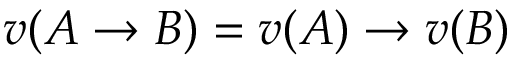
v ( A \to B ) = v ( A ) \to v ( B )